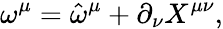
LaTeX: \omega^{\mu}=\hat{\omega}^{\mu}+\partial_{\nu}X^{\mu\nu},